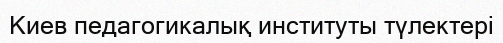
Киев педагогикалық институты түлектері